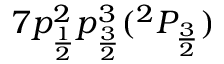
7 p _ { \frac { 1 } { 2 } } ^ { 2 } p _ { \frac { 3 } { 2 } } ^ { 3 } ( ^ { 2 } P _ { \frac { 3 } { 2 } } )